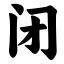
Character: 闭